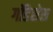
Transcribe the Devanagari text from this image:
गॉडेसेस